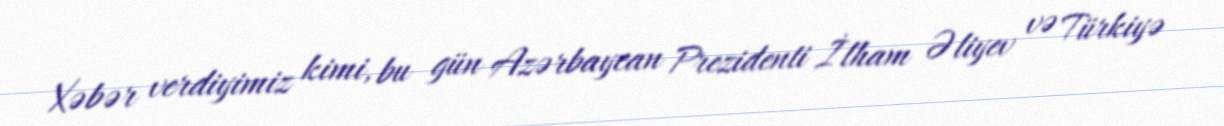
Xəbər verdiyimiz kimi, bu gün Azərbaycan Prezidenti İlham Əliyev və Türkiyə